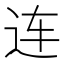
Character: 连